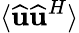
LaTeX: \langle\widehat{\mathbf{u}}\widehat{\mathbf{u}}^{H}\rangle